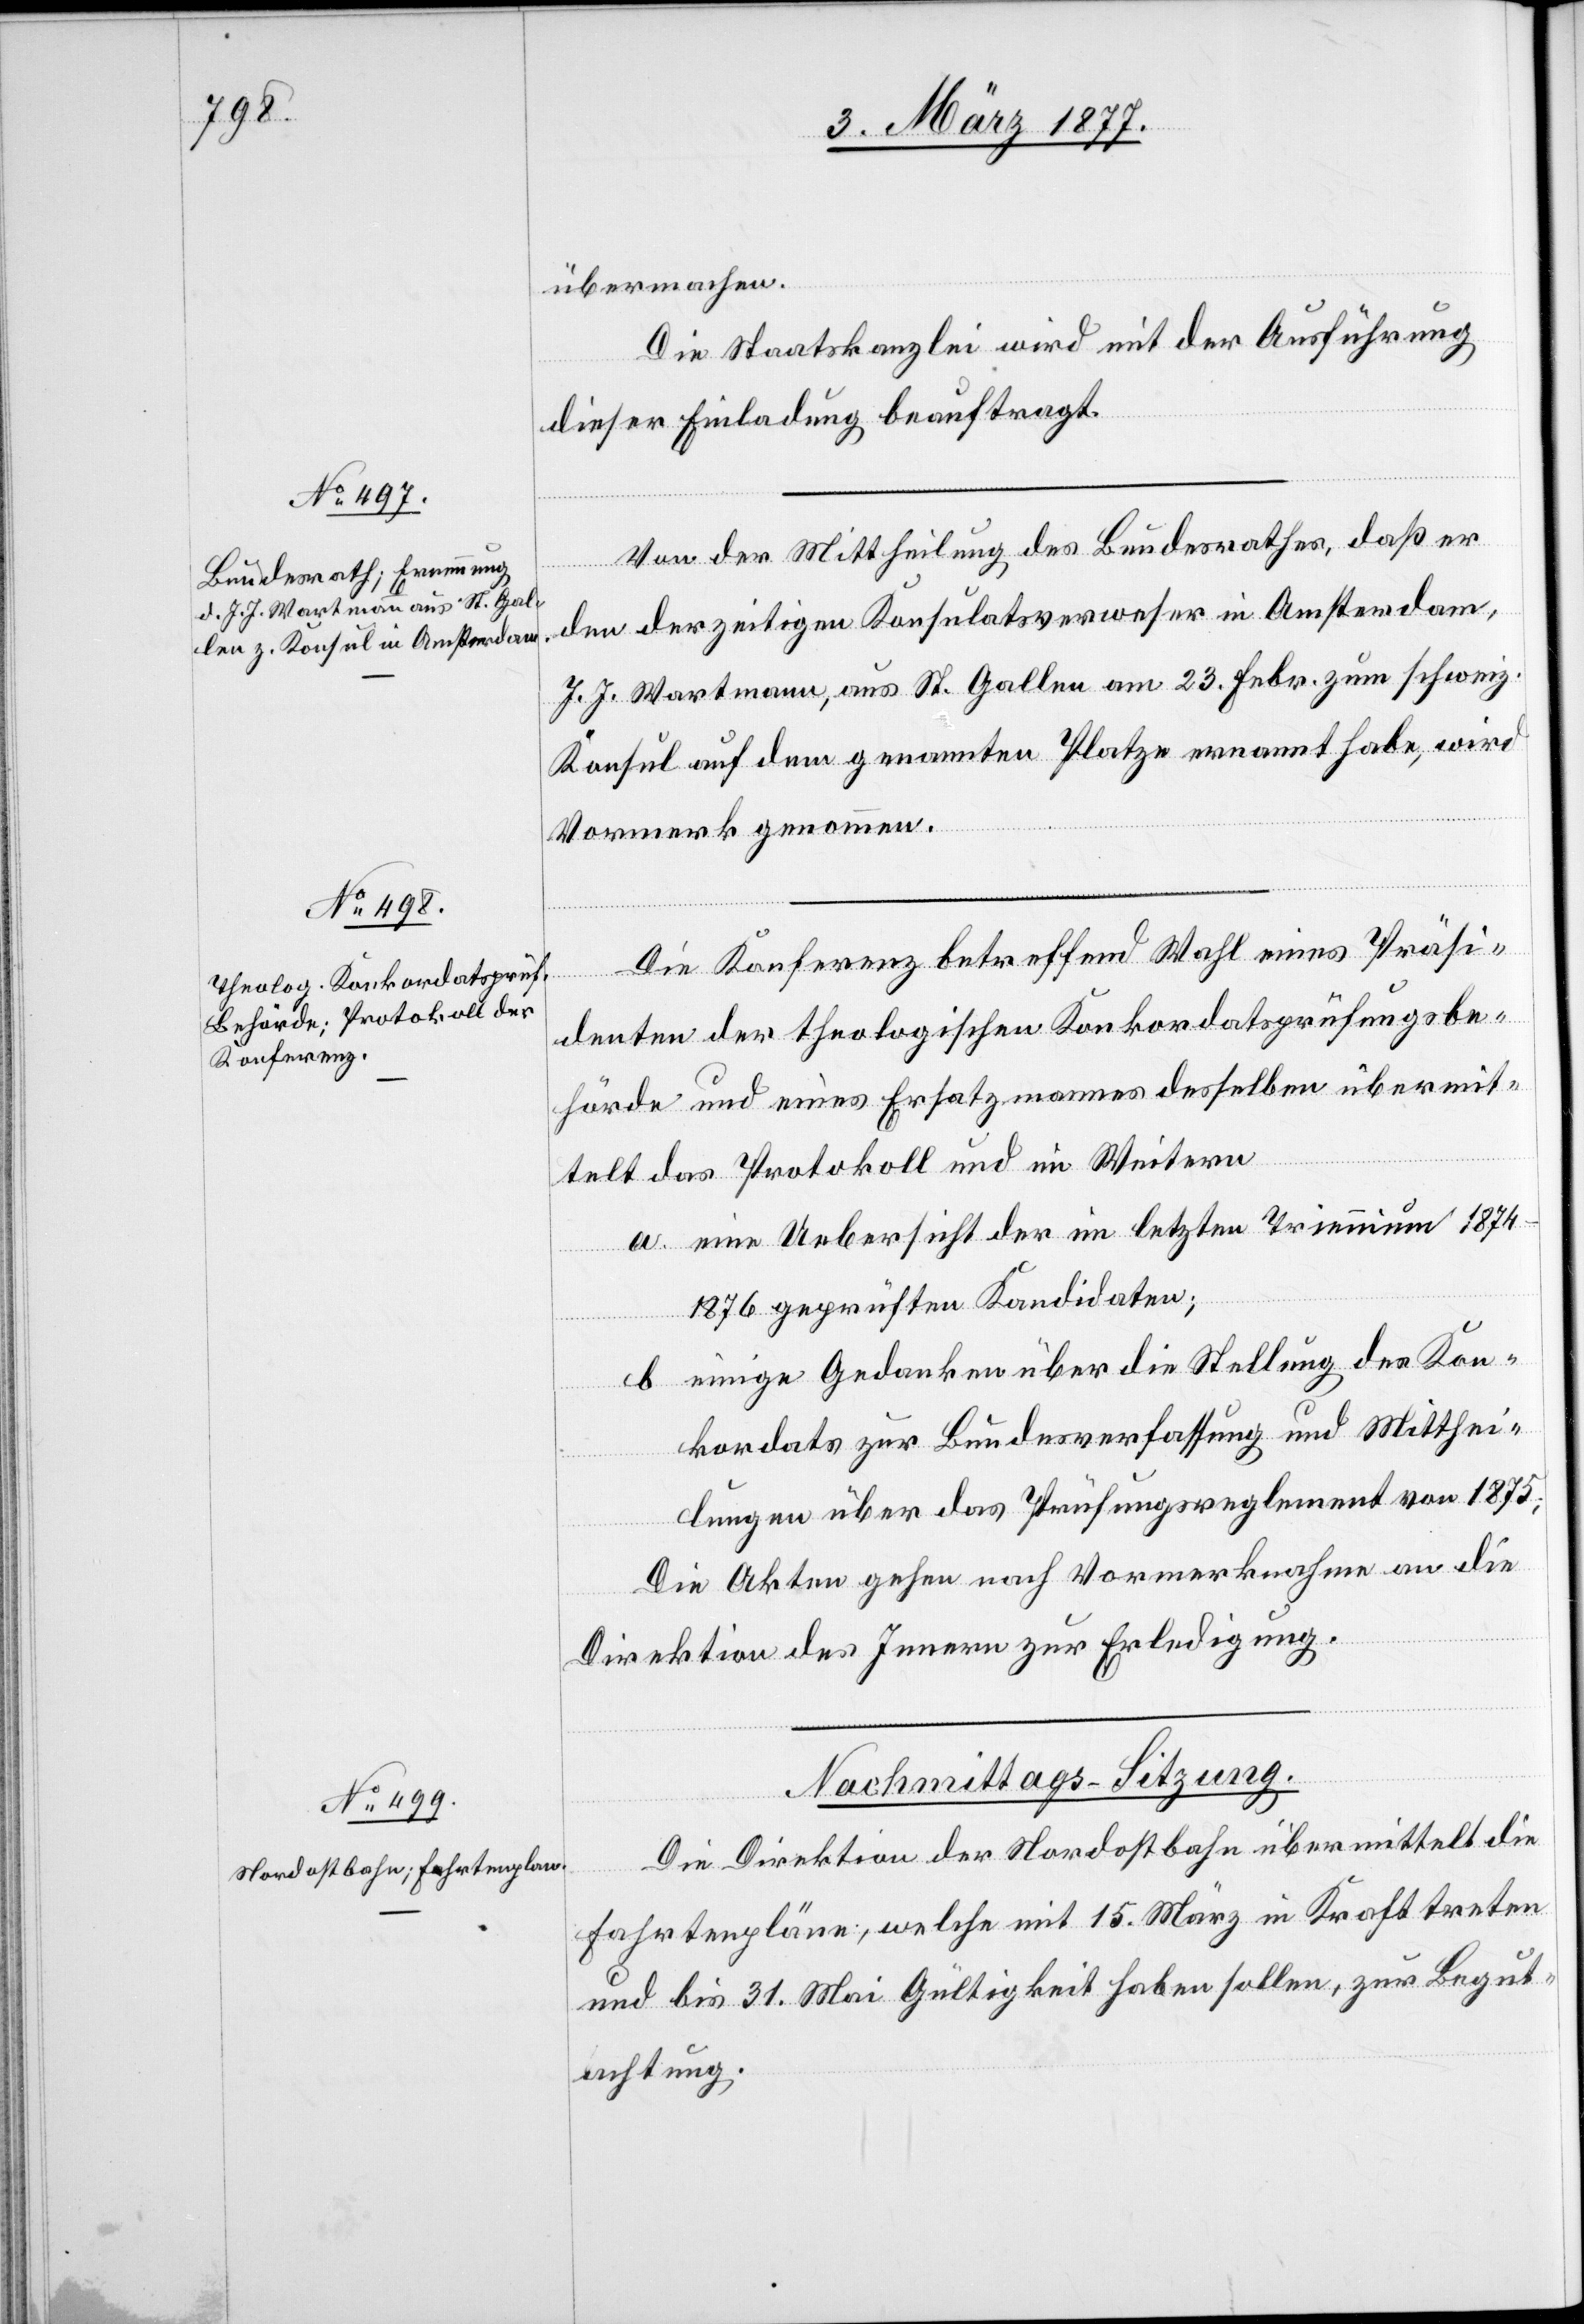
übermachen.
Die Staatskanzlei wird mit der Ausführung
dieser Einladung beauftragt.
Von der Mittheilung des Bundesrathes, daß er
den derzeitigen Konsulatsverweser in Amsterdam,
J. J. Wartmann, aus St. Gallen am 23. Febr. zum schweiz.
Konsul auf dem genannten Platze ernannt habe, wird
Vormerk genommen.
Die Konferenz betreffend Wahl eines Präsi¬
denten der theologischen Konkordatsprüfungsbe¬
hörde und eines Ersatzmannes desselben übermit¬
telt das Protokoll und im Weitern
a. eine Uebersicht der im letzten Triennium 1874–1876
geprüften Kandidaten;
b. einige Gedanken über die Stellung des Kon¬
kordats zur Bundesverfassung und Mitthei¬
lungen über das Prüfungsreglement von 1875;
Die Akten gehen nach Vormerknahme an die
Direktion des Innern zur Erledigung.
Die Direktion der Nordostbahn übermittelt die
Fahrtenpläne, welche mit 15. März in Kraft treten
und bis 31. Mai Gültigkeit haben sollen, zur Begut¬
achtung.